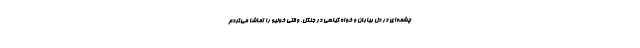
چشمه‌ای در دل بیابان و خواه گیاهی در جنگل. وقتی خولیو را تماشا می‌کردم